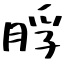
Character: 脬